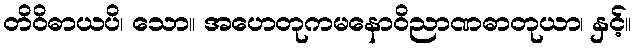
တိဝိဓာယပိ၊ သော။ အဟေတုကမနောဝိညာဏဓာတုယာ၊ နှင့်။